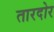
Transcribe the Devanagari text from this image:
तारदोर